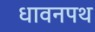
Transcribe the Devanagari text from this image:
धावनपथ